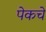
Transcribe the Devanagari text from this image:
पेकचे